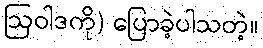
ဩဝါဒကို) ပြောခဲ့ပါသတဲ့။